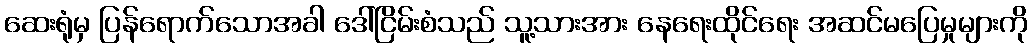
ဆေးရုံမှ ပြန်ရောက်သောအခါ ဒေါ်ငြိမ်းစံသည် သူ့သားအား နေရေးထိုင်ရေး အဆင်မပြေမှုများကို